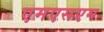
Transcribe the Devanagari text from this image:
एमएसएम